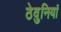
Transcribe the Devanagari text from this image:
ठेवुनियां